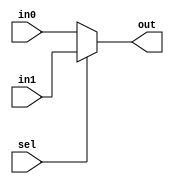
`timescale 1ns / 1ps
//////////////////////////////////////////////////////////////////////////////////
// Company: 
// Engineer: 
// 
// Design Name: 
// Module Name:    MUX 
// Project Name: 
// Target Devices: 
// Tool versions: 
// Description: 
//
// Dependencies: 
//
// Revision: 
// Revision 0.01 - File Created
// Additional Comments: 
//
//////////////////////////////////////////////////////////////////////////////////
module MUX(out,in0,in1,sel);
input [15:0] in0,in1;
input sel;
output [15:0] out;
assign out = sel ? in1:in0;
endmodule